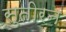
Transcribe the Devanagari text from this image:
सुतीरन